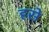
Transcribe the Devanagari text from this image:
हसे